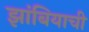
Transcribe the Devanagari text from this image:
झांबियाची